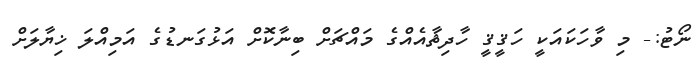
ނޯޓު:- މި ވާހަކައަކީ ހަޤީޤީ ހާދިޘާއެއްގެ މައްޗަށް ބިނާކޮށް އަޅުގަނޑުގެ އަމިއްލަ ޚިޔާލަށް